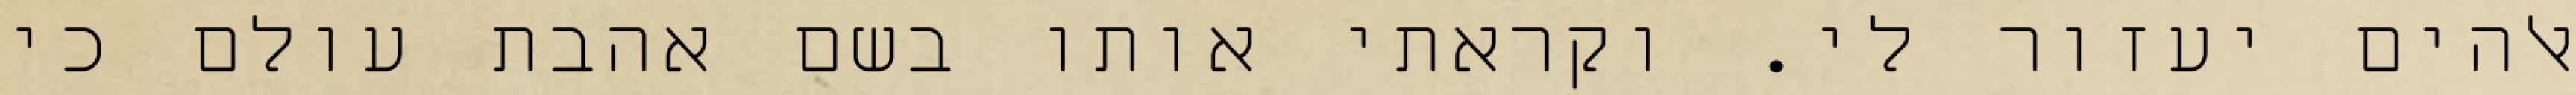
אלהים יעזור לי. וקראתי אותו בשם אהבת עולם כי